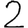
Digit: 2